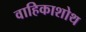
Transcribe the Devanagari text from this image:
वाहिकाशोथ